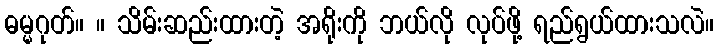
ဓမ္မဂုတ်။ ။ သိမ်းဆည်းထားတဲ့ အရိုးကို ဘယ်လို လုပ်ဖို့ ရည်ရွယ်ထားသလဲ။